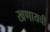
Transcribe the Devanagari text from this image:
खणायची